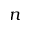
n